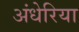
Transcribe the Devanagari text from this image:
अंधेरिया